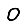
Digit: 0